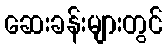
ဆေးခန်းများတွင်